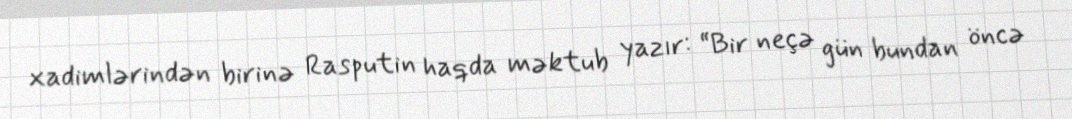
xadimlərindən birinə Rasputin haqda məktub yazır: “Bir neçə gün bundan öncə